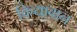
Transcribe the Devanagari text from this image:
क्रियावान